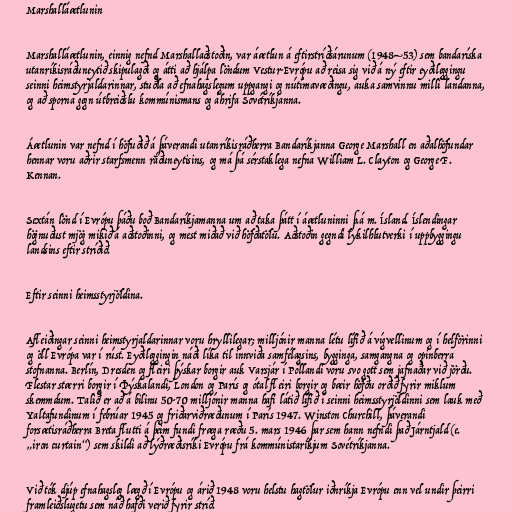
Marshalláætlunin

Marshalláætlunin, einnig nefnd Marshallaðstoðin, var áætlun á eftirstríðsárunum (1948–53) sem bandaríska
utanríkisráðuneytið skipulagði og átti að hjálpa löndum Vestur-Evrópu að reisa sig við á ný eftir eyðileggingu
seinni heimstyrjaldarinnar, stuðla að efnahagslegum uppgangi og nútímavæðingu, auka samvinnu milli landanna,
og að sporna gegn útbreiðslu kommúnismans og áhrifa Sovétríkjanna.

Áætlunin var nefnd í höfuðið á þáverandi utanríkisráðherra Bandaríkjanna George Marshall en aðalhöfundar
hennar voru aðrir starfsmenn ráðuneytisins, og má þá sérstaklega nefna William L. Clayton og George F.
Kennan.

Sextán lönd í Evrópu þáðu boð Bandaríkjamanna um að taka þátt í áætluninni þ.á m. Ísland. Íslendingar
högnuðust mjög mikið á aðstoðinni, og mest miðað við höfðatölu. Aðstoðin gegndi lykilhlutverki í uppbyggingu
landsins eftir stríðið.

Eftir seinni heimsstyrjöldina.

Afleiðingar seinni heimstyrjaldarinnar voru hryllilegar; milljónir manna létu lífið á vígvellinum og í helförinni
og öll Evrópa var í rúst. Eyðileggingin náði líka til innviða samfélagsins, bygginga, samgangna og opinberra
stofnanna. Berlín, Dresden og fleiri þýskar borgir auk Varsjár í Póllandi voru svo gott sem jafnaðar við jörðu.
Flestar stærri borgir í Þýskalandi, London og París og ótal fleiri borgir og bæir höfðu orðið fyrir miklum
skemmdum. Talið er að á bilinu 50-70 milljónir manna hafi látið lífið í seinni heimsstyrjöldinni sem lauk með
Yaltafundinum í febrúar 1945 og friðarviðræðunum í París 1947. Winston Churchill, þáverandi
forsætisráðherra Breta flutti á þeim fundi fræga ræðu 5. mars 1946 þar sem hann nefndi það Járntjald (e.
„iron curtain“) sem skildi að lýðræðisríki Evrópu frá kommúnistaríkjum Sovétríkjanna.

Við tók djúp efnahagsleg lægð í Evrópu og árið 1948 voru helstu hagtölur iðnríkja Evrópu enn vel undir þeirri
framleiðslugetu sem náð hafði verið fyrir stríð.